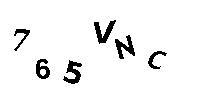
765VNC